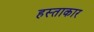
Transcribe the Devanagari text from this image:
हस्ताकार